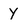
Character: y